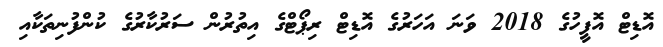
އޮޑިޓް އޮފީހުގެ 2018 ވަނަ އަހަރުގެ އޮޑިޓް ރިޕޯޓްގެ އިތުރުން ސަރުކާރުގެ ކުންފުނިތަކާއި